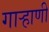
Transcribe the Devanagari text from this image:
गाऱ्हाणी